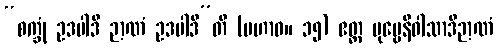
“စက္ခုံ ဥဒပါဒိ ဉာဏံ ဥဒပါဒီ”တိ (မဟာဝ။ ၁၅) ဧတ္ထ ပုဗ္ဗေနိဝါသာဒိဉာဏံ